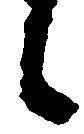
候